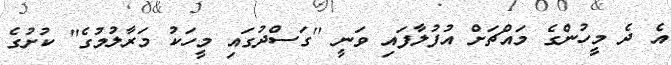
އެ ދެ މީހުންގެ މައްޗަށް އުފުލާފައި ވަނީ ''ގަސްދުގައި މީހަކު މަރާލުމުގެ'' ކުށުގެ